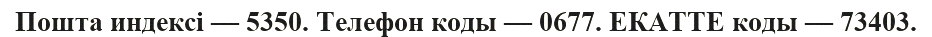
Пошта индексі — 5350. Телефон коды — 0677. ЕКАТТЕ коды — 73403.